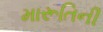
મારૂતિની